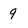
Character: 9